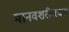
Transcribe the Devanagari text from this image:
मानवशरीररचना